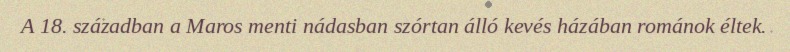
A 18. században a Maros menti nádasban szórtan álló kevés házában románok éltek.